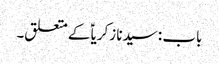
باب : سیدنا زکریاؑ کے متعلق۔